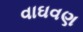
વાઘવણ